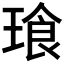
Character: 𮴧